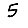
Digit: 5